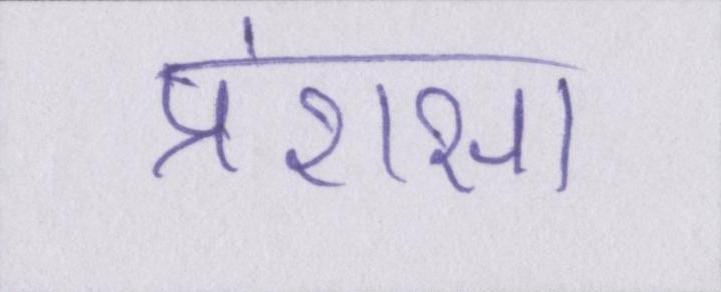
प्रंशसा